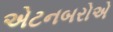
એટનબરોએ